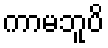
ကာမဘူပိ